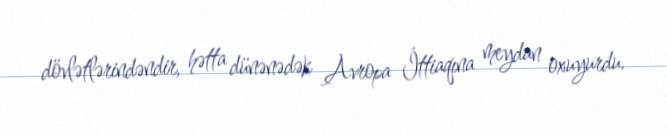
dövlətlərindəndir, hətta dünənədək Avropa İttiaqına meydan oxuyurdu.